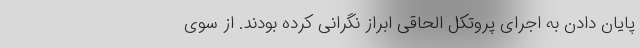
پایان دادن به اجرای پروتکل الحاقی ابراز نگرانی کرده بودند. از سوی